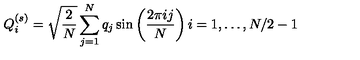
Q _ { i } ^ { ( s ) } = \sqrt { \frac { 2 } { N } } \sum _ { j = 1 } ^ { N } q _ { j } \sin \left( \frac { 2 \pi i j } { N } \right) i = 1 , \ldots , N / 2 - 1